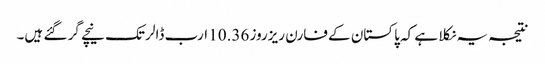
نتیجہ یہ نکلا ہے کہ پاکستان کے فارن ریزروز 10.36 ارب ڈالر تک نیچے گر گئے ہیں۔